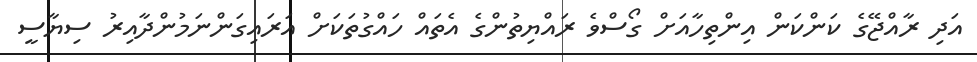
އަދި ރާއްޖޭގެ ކަންކަން އިންތިހާއަށް ގޯސްވެ ރައްޔިތުންގެ އެތައް ހައްގުތަކަަށް އަރައިގަންނަމުންދާއިރު ސިޔާސީ